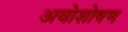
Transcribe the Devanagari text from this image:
अवोशोषण